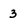
Character: 3